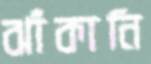
ঝাঁকানি